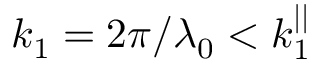
k _ { 1 } = 2 \pi / \lambda _ { 0 } < k _ { 1 } ^ { | | }